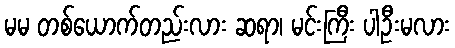
မမ တစ်ယောက်တည်းလား ဆရာ၊ မင်းကြီး ပါဦးမလား